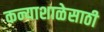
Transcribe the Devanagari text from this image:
कन्याशाळेसाठी